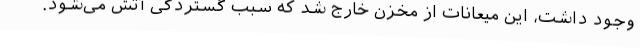
وجود داشت، این میعانات از مخزن خارج شد که سبب گستردگی آتش می‌شود.